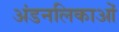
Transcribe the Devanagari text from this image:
अंडनलिकाओं